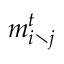
m _ { i \setminus j } ^ { t }